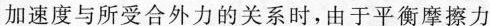
加速度与所受合外力的关系时，由于平衡摩擦力